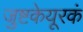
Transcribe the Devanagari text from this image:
जुष्टकेयूरकं